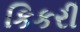
કિકરી